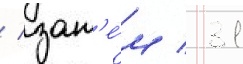
/ зат'е́м / 31